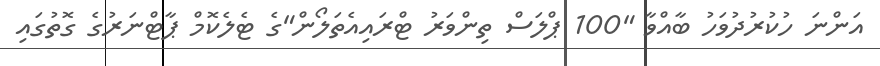
އަންނަ ހުކުރުދުވަހު ބާއްވާ "100 ޕްލަސް ތިންވަރު ޓްރައިއެތަލޯން"ގެ ޓެލެކޮމް ޕާޓްނަރުގެ ގޮތުގައި